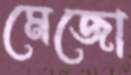
মেজো